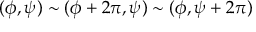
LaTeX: ( \phi , \psi ) \sim ( \phi + 2 \pi , \psi ) \sim ( \phi , \psi + 2 \pi ) \,